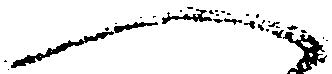
へ